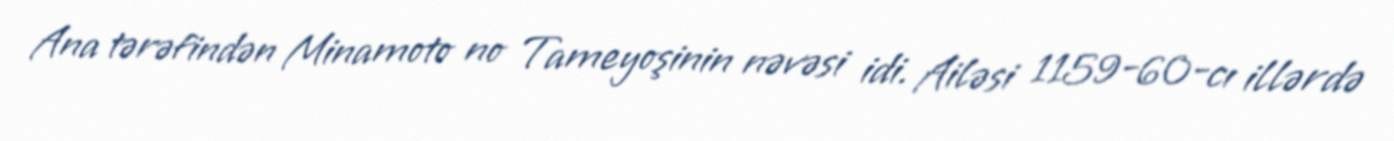
Ana tərəfindən Minamoto no Tameyoşinin nəvəsi idi. Ailəsi 1159-60-cı illərdə